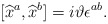
\begin{align*}\lbrack \widehat{x}^{a},\widehat{x}^{b}]=i\vartheta \epsilon ^{ab}.\end{align*}